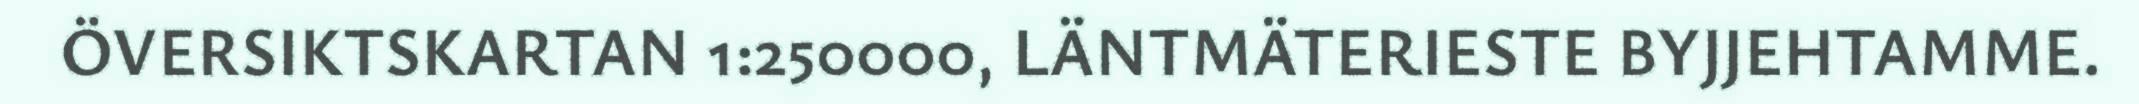
ÖVERSIKTSKARTAN 1:250000, LÄNTMÄTERIESTE BYJJEHTAMME.